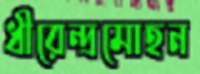
ধীরেন্দ্রমোহন